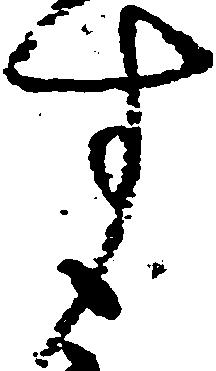
す